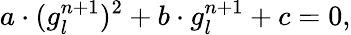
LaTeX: a\cdot(g_{l}^{n+1})^{2}+b\cdot g_{l}^{n+1}+c=0,